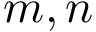
m , n